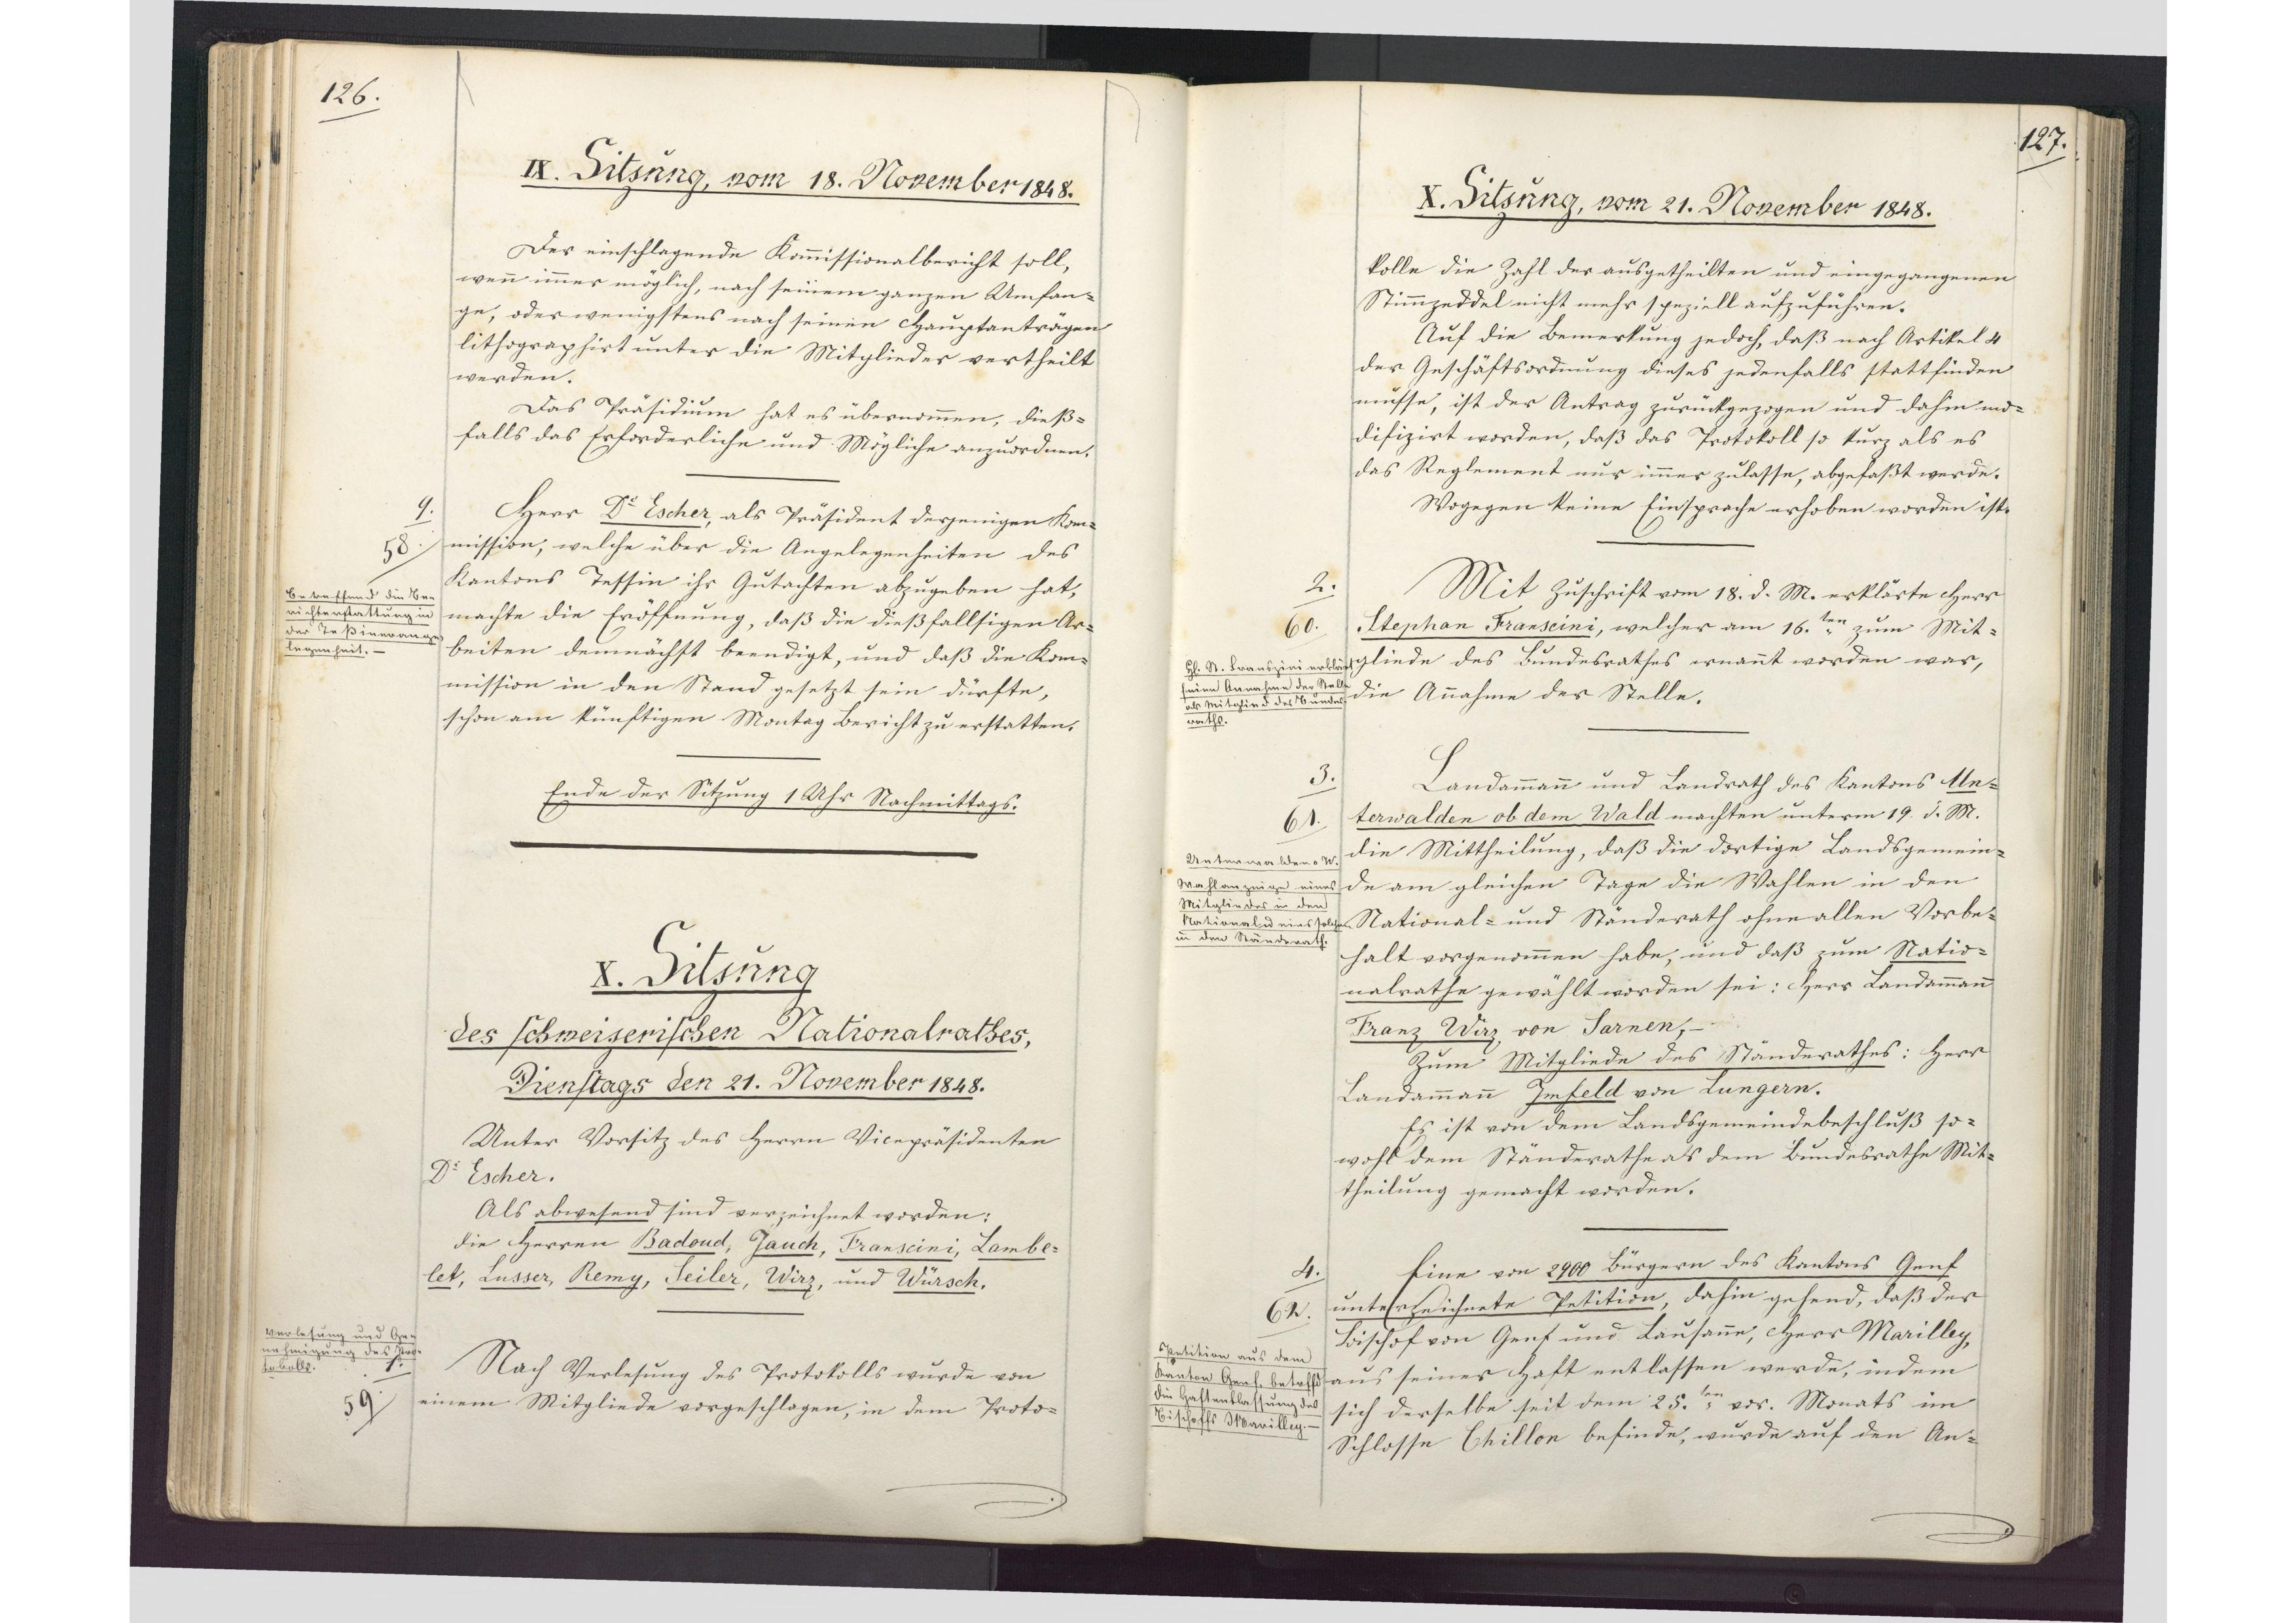
126.

IX. Sitzung, vom 18. November 1848.

Der einschlagende Kommissionalbericht soll,
wenn immer möglich, nach seinem ganzen Umfan¬
ge, oder wenigstens nach seinen Hauptanträgen
lithographirt unter die Mitglieder vertheilt
werden.
Das Präsidium hat es übernommen, dieß¬
falls das Erforderliche und Mögliche anzuordnen.
Herr Dr. Escher, als Präsident derjenigen Kom¬
mission, welche über die Angelegenheiten des
Kantons Tessin ihr Gutachten abzugeben hat,
machte die Eröffnung, daß die dießfallsigen Ar¬
beiten demnächst beendigt, und dass die Kom¬
mission in den Stand gesetzt sein dürfte,
schon am künftigen Montag Bericht zu erstatten.
Ende der Sitzung 1 Uhr Nachmittags.

9.
58
Betreffend die Be¬
richterstattung in
der Teßinerange¬
legenheit.